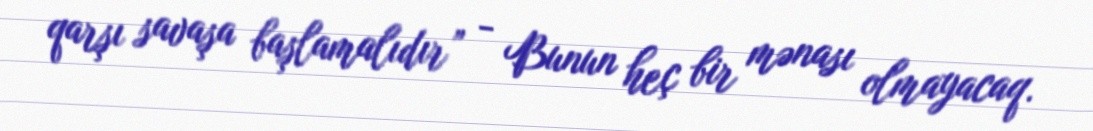
qarşı savaşa başlamalıdır” - Bunun heç bir mənası olmayacaq.